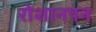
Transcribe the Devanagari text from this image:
रोशानपन